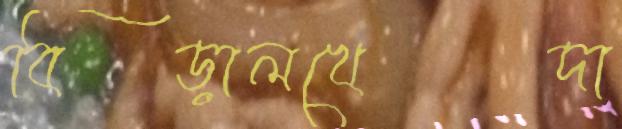
বিড়ালখেদা